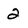
Character: 2